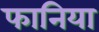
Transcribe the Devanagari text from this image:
फानिया